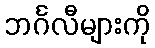
ဘင်္ဂလီများကို